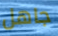
جاهل